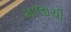
માલાચી